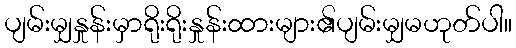
ပျမ်းမျှနှုန်းမှာရိုးရိုးနှုန်းထားများ၏ပျမ်းမျှမဟုတ်ပါ။